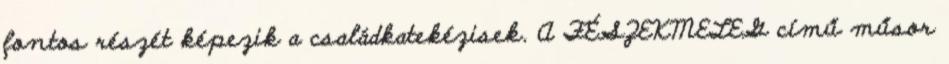
fontos részét képezik a családkatekézisek. A FÉSZEKMELEG című műsor